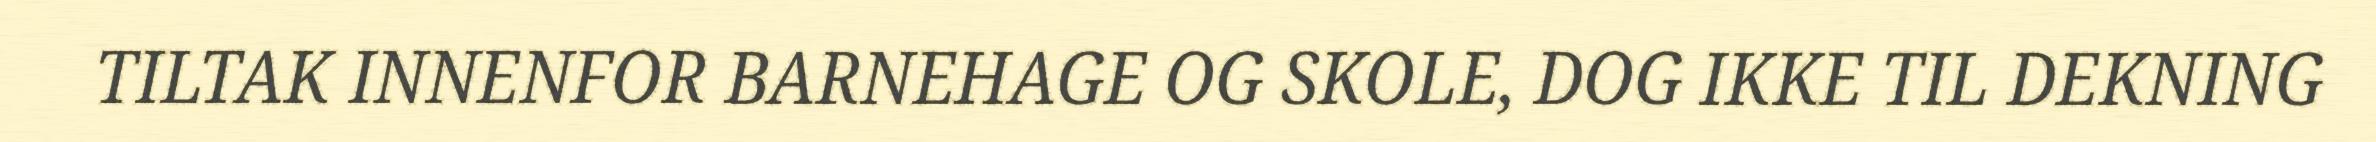
TILTAK INNENFOR BARNEHAGE OG SKOLE, DOG IKKE TIL DEKNING